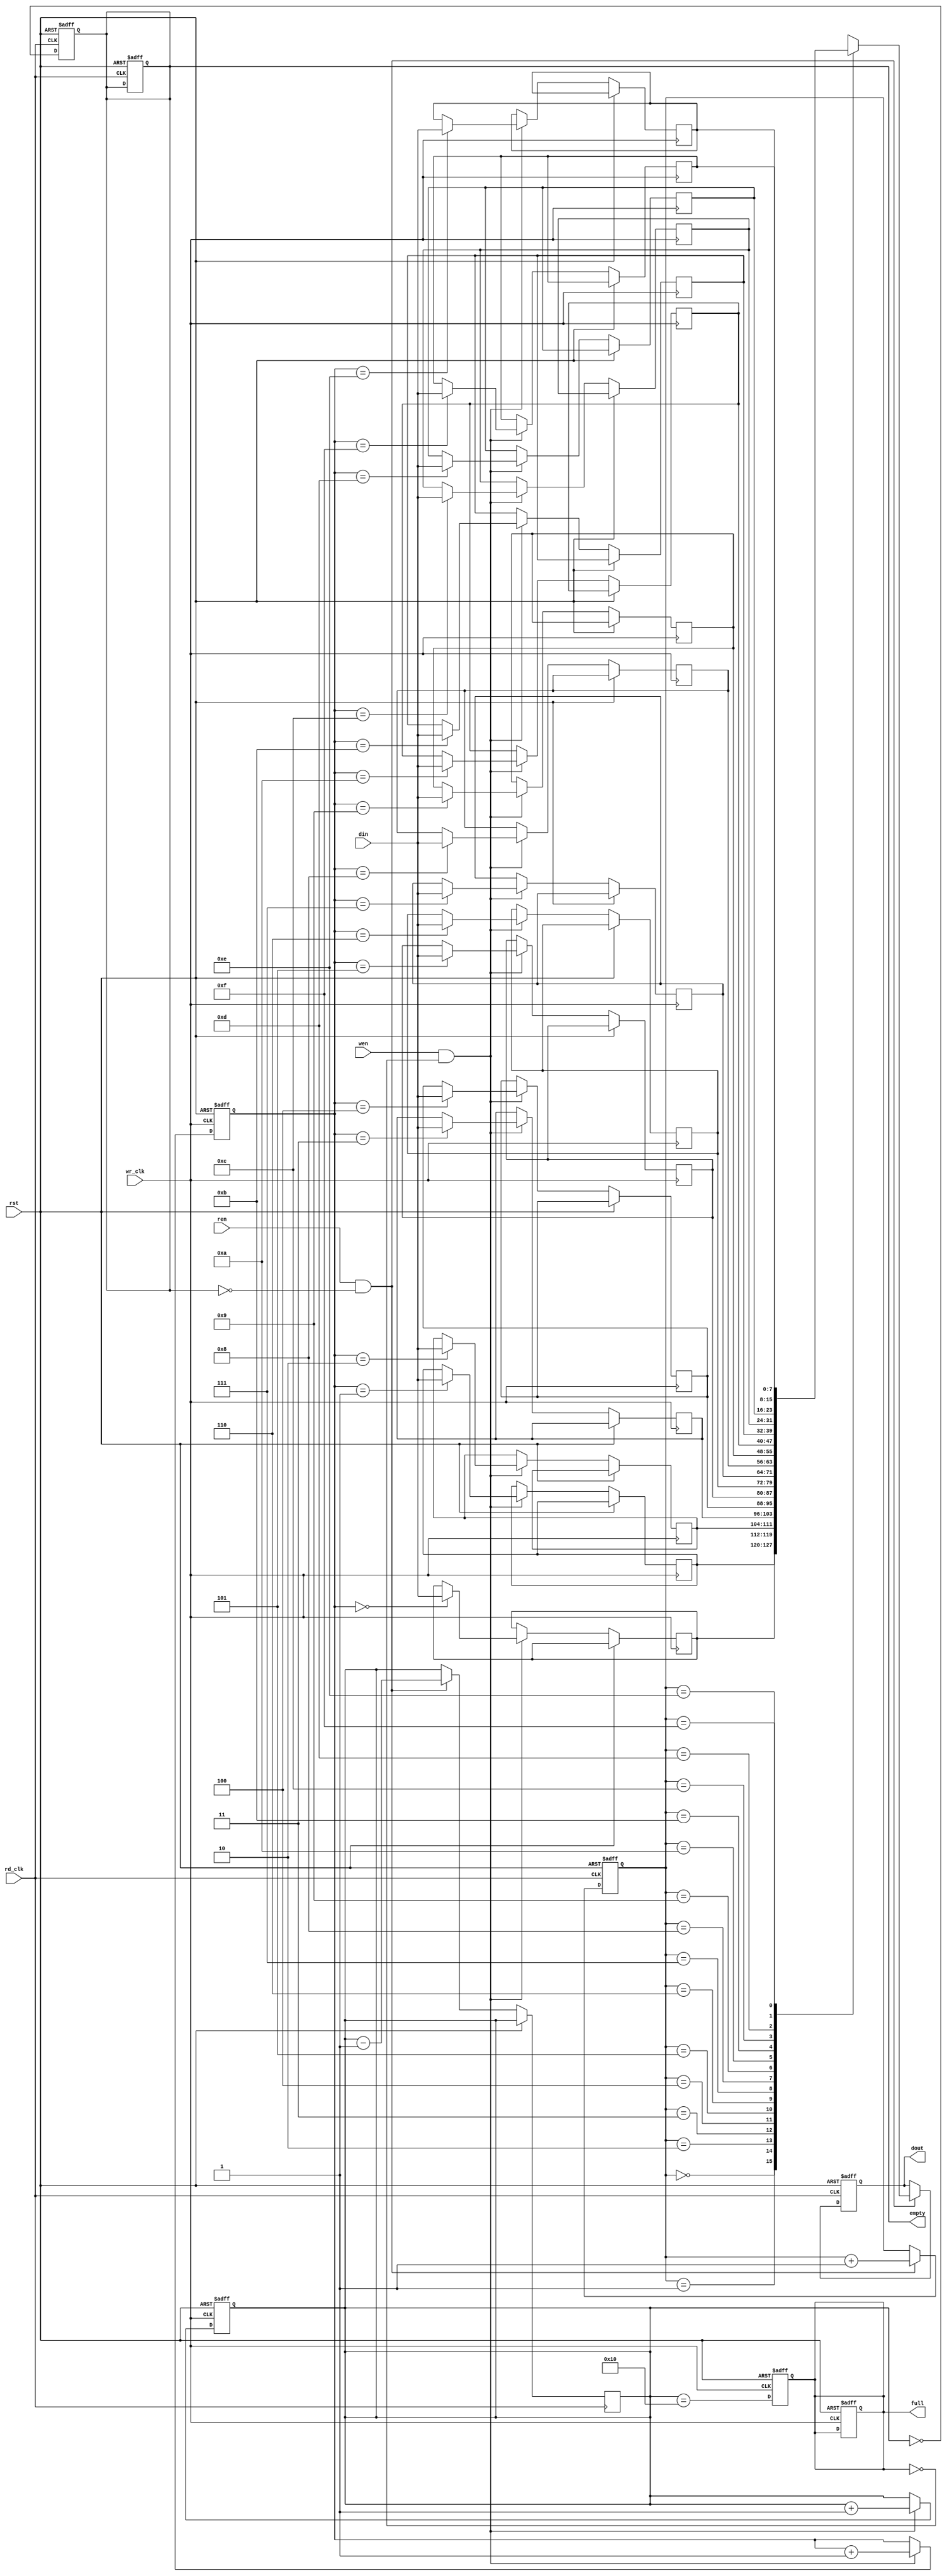
module async_fifo #(
    parameter DATA_WIDTH = 8,  // Width of the data bus
    parameter FIFO_DEPTH = 16   // Depth of the FIFO
)(
    input wire wr_clk,           // Write clock
    input wire rd_clk,           // Read clock
    input wire rst,              // Reset signal
    input wire wen,              // Write enable
    input wire ren,              // Read enable
    input wire [DATA_WIDTH-1:0] din, // Data input
    output reg [DATA_WIDTH-1:0] dout, // Data output
    output reg full,             // Full flag
    output reg empty             // Empty flag
);

    // Memory declaration (dual-port RAM)
    reg [DATA_WIDTH-1:0] mem [0:FIFO_DEPTH-1];

    // Pointers for write and read operations
    reg [clog2(FIFO_DEPTH)-1:0] wr_ptr;
    reg [clog2(FIFO_DEPTH)-1:0] rd_ptr;
    reg [clog2(FIFO_DEPTH):0] count; // Count of items in FIFO

    // Function to calculate log2
    function integer clog2;
        input integer value;
        begin
            value = value - 1;
            for (clog2 = 0; value > 0; clog2 = clog2 + 1)
                value = value >> 1;
        end
    endfunction

    // Write operation
    always @(posedge wr_clk or posedge rst) begin
        if (rst) begin
            wr_ptr <= 0;
            count <= 0;
            full <= 0;
        end else if (wen && !full) begin
            mem[wr_ptr] <= din; // Write data to memory
            wr_ptr <= wr_ptr + 1;
            count <= count + 1;
        end
    end

    // Read operation
    always @(posedge rd_clk or posedge rst) begin
        if (rst) begin
            rd_ptr <= 0;
            dout <= 0;
            empty <= 1;
        end else if (ren && !empty) begin
            dout <= mem[rd_ptr]; // Read data from memory
            rd_ptr <= rd_ptr + 1;
            count <= count - 1;
        end
    end

    // Update full and empty flags
    always @(posedge wr_clk or posedge rst) begin
        if (rst) begin
            full <= 0;
        end else begin
            full <= (count == FIFO_DEPTH);
        end
    end

    always @(posedge rd_clk or posedge rst) begin
        if (rst) begin
            empty <= 1;
        end else begin
            empty <= (count == 0);
        end
    end

endmodule